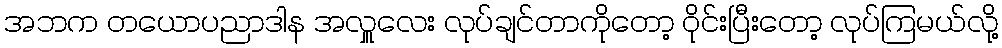
အဘက တယောပညာဒါန အလှူလေး လုပ်ချင်တာကိုတော့ ဝိုင်းပြီးတော့ လုပ်ကြမယ်လို့